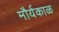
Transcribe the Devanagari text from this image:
मौर्यकाळ